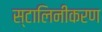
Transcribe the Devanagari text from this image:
स्टालिनीकरण